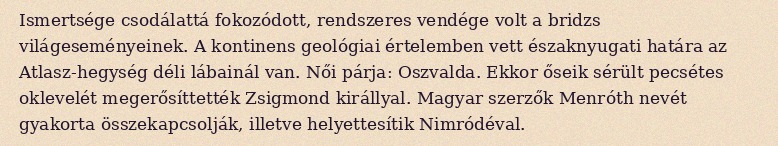
Ismertsége csodálattá fokozódott, rendszeres vendége volt a bridzs világeseményeinek. A kontinens geológiai értelemben vett északnyugati határa az Atlasz-hegység déli lábainál van. Női párja: Oszvalda. Ekkor őseik sérült pecsétes oklevelét megerősíttették Zsigmond királlyal. Magyar szerzők Menróth nevét gyakorta összekapcsolják, illetve helyettesítik Nimródéval.